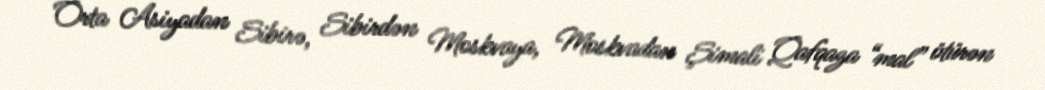
Orta Asiyadan Sibirə, Sibirdən Moskvaya, Moskvadan Şimali Qafqaza “mal” ötürən